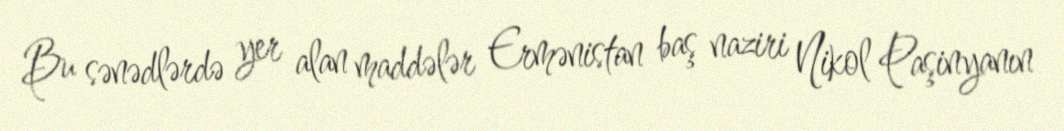
Bu sənədlərdə yer alan maddələr Ermənistan baş naziri Nikol Paşinyanın